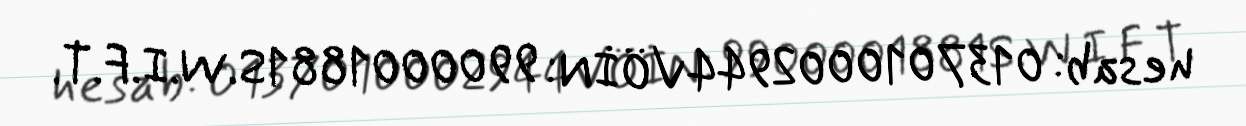
hesab: 0137010002944VÖİN: 9900001881S.W.I.F.T.